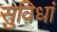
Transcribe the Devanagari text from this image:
सुविधां